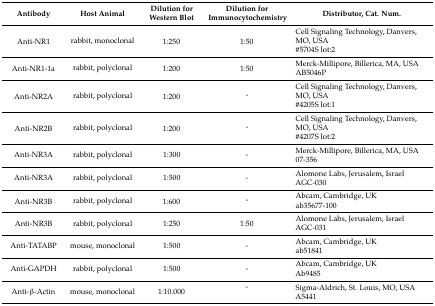
<table><thead><tr><td><b>Antibody</b></td><td><b>Host Animal</b></td><td><b>Dilution for Western Blot</b></td><td><b>Dilution for Immunocytochemistry</b></td><td><b>Distributor, Cat. Num.</b></td></tr></thead><tbody><tr><td rowspan="2">Anti-NR1</td><td rowspan="2">rabbit, monoclonal</td><td rowspan="2">1:250</td><td rowspan="2">1:50</td><td>Cell Signaling Technology, Danvers, MO, USA</td></tr><tr><td>#5704S lot:2</td></tr><tr><td rowspan="2">Anti-NR1-1a</td><td rowspan="2">rabbit, polyclonal</td><td rowspan="2">1:200</td><td rowspan="2">1:50</td><td>Merck-Millipore, Billerica, MA, USA</td></tr><tr><td>AB5046P</td></tr><tr><td rowspan="2">Anti-NR2A</td><td rowspan="2">rabbit, polyclonal</td><td rowspan="2">1:200</td><td rowspan="2">-</td><td>Cell Signaling Technology, Danvers, MO, USA</td></tr><tr><td>#4205S lot:1</td></tr><tr><td rowspan="2">Anti-NR2B</td><td rowspan="2">rabbit, polyclonal</td><td rowspan="2">1:200</td><td rowspan="2">-</td><td>Cell Signaling Technology, Danvers, MO, USA</td></tr><tr><td>#4207S lot:2</td></tr><tr><td>Anti-NR3A</td><td>rabbit, polyclonal</td><td>1:300</td><td>-</td><td>Merck-Millipore, Billerica, MA, USA07-356</td></tr><tr><td>Anti-NR3A</td><td>rabbit, polyclonal</td><td>1:500</td><td>-</td><td>Alomone Labs, Jerusalem, IsraelAGC-030</td></tr><tr><td rowspan="2">Anti-NR3B</td><td rowspan="2">rabbit, polyclonal</td><td rowspan="2">1:600</td><td rowspan="2">-</td><td>Abcam, Cambridge, UK</td></tr><tr><td>ab35677-100</td></tr><tr><td>Anti-NR3B</td><td>rabbit, polyclonal</td><td>1:250</td><td>1:50</td><td>Alomone Labs, Jerusalem, IsraelAGC-031</td></tr><tr><td>Anti-TATABP</td><td>mouse, monoclonal</td><td>1:500</td><td>-</td><td>Abcam, Cambridge, UKab51841</td></tr><tr><td>Anti-GAPDH</td><td>rabbit, polyclonal</td><td>1:500</td><td>-</td><td>Abcam, Cambridge, UKAb9485</td></tr><tr><td rowspan="2">Anti-β-Actin</td><td rowspan="2">mouse, monoclonal</td><td rowspan="2">1:10.000</td><td>-</td><td rowspan="2">Sigma-Aldrich, St. Louis, MO, USAA5441</td></tr></tbody></table>